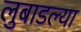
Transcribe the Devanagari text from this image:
लुबाडल्या